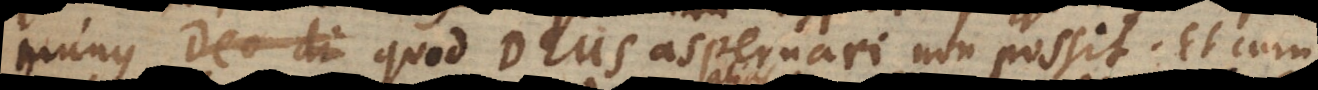
munus quod Deus aspernari non possit. Et cum